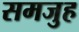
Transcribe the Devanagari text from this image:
समजुह